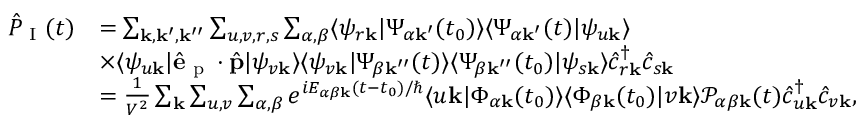
\begin{array} { r l } { \hat { P } _ { \textrm { I } } ( t ) } & { = \sum _ { \mathbf { k , k ^ { \prime } , k ^ { \prime \prime } } } \sum _ { u , v , r , s } \sum _ { \alpha , \beta } \langle \psi _ { r \mathbf { k } } | \Psi _ { \alpha \mathbf { k ^ { \prime } } } ( t _ { 0 } ) \rangle \langle \Psi _ { \alpha \mathbf { k ^ { \prime } } } ( t ) | \psi _ { u \mathbf { k } } \rangle } \\ & { \times \langle \psi _ { u \mathbf { k } } | \hat { \mathbf { e } } _ { \textrm { p } } \cdot \hat { \mathbf { p } } | \psi _ { v \mathbf { k } } \rangle \langle \psi _ { v \mathbf { k } } | \Psi _ { \beta \mathbf { k ^ { \prime \prime } } } ( t ) \rangle \langle \Psi _ { \beta \mathbf { k ^ { \prime \prime } } } ( t _ { 0 } ) | \psi _ { s \mathbf { k } } \rangle \hat { c } _ { r \mathbf { k } } ^ { \dagger } \hat { c } _ { s \mathbf { k } } } \\ & { = \frac { 1 } { V ^ { 2 } } \sum _ { \mathbf { k } } \sum _ { u , v } \sum _ { \alpha , \beta } e ^ { i E _ { \alpha \beta \mathbf { k } } ( t - t _ { 0 } ) / \hbar } \langle u \mathbf { k } | \Phi _ { \alpha \mathbf { k } } ( t _ { 0 } ) \rangle \langle \Phi _ { \beta \mathbf { k } } ( t _ { 0 } ) | v \mathbf { k } \rangle \mathcal { P } _ { \alpha \beta \mathbf { k } } ( t ) \hat { c } _ { u \mathbf { k } } ^ { \dagger } \hat { c } _ { v \mathbf { k } } , } \end{array}